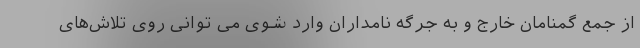
از جمع گمنامان خارج و به جرگه نامداران وارد شوی می توانی روی تلاش‌های